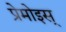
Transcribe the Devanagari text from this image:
प्रेमोइस्